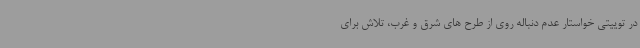
در توییتی خواستار عدم دنباله روی از طرح های شرق و غرب، تلاش برای